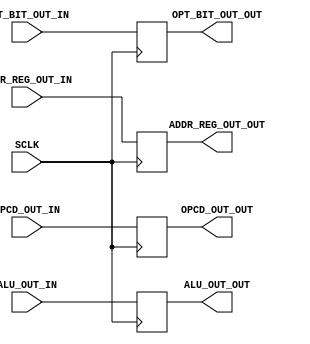
module EX_MA(ALU_OUT_OUT, OPCD_OUT_OUT, ADDR_REG_OUT_OUT, OPT_BIT_OUT_OUT,
             ALU_OUT_IN, OPCD_OUT_IN, ADDR_REG_OUT_IN, OPT_BIT_OUT_IN, SCLK);

    output reg [15:0] ALU_OUT_OUT;
    output reg [4:0] OPCD_OUT_OUT, ADDR_REG_OUT_OUT;
    output reg OPT_BIT_OUT_OUT;

    input [15:0] ALU_OUT_IN;
    input [4:0] OPCD_OUT_IN, ADDR_REG_OUT_IN;
    input OPT_BIT_OUT_IN;
    
    input SCLK;

    always @ (posedge SCLK) begin
        ALU_OUT_OUT <= ALU_OUT_IN;
        OPCD_OUT_OUT <= OPCD_OUT_IN;
        ADDR_REG_OUT_OUT <= ADDR_REG_OUT_IN;
        OPT_BIT_OUT_OUT <= OPT_BIT_OUT_IN;
    end
endmodule